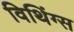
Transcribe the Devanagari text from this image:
विथिंग्स